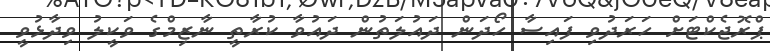
ޕްރޮޖެކްޓަށް ހަރަދުވި ފައިސާ ހޯދަން ދައުލަތުން ދައުވާ ކުރާތީ ނާޒިމްގެ ވަކީލު ވިދާޅުވީ